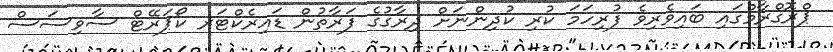
ޕްރޮގްރާމްގައި ބައިވެރިވެ ފުރިހަމަ ކުރި ކުދިންނަށް ދިރާގުގެ ފަރާތުން ޑައިރެކްޓަރ ކޯޕަރޭޓް ސާވިސަސް